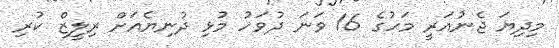
މިދިޔަ ޖެނުއަރީ މަހުގެ 16 ވަނަ ދުވަހު މުޅި ދުނިޔެއަށް ރިލީޒް ކުރި